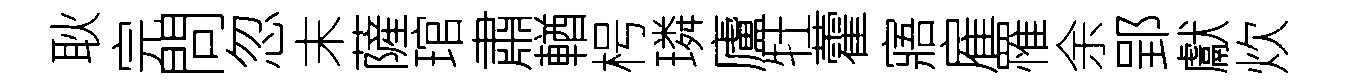
耿完問忽末薩琯肅輶枵璘廬牡藿寤雇罹余郢獻炊